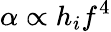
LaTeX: \alpha\propto h_{i}f^{4}